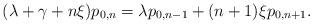
LaTeX: \begin{align*}(\lambda + \gamma + n \xi)p_{0,n}= \lambda p_{0,n-1} + (n+1)\xi p_{0,n+1}.\end{align*}